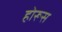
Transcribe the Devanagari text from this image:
होरूस